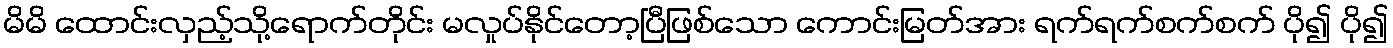
မိမိ ထောင်းလှည့်သို့ရောက်တိုင်း မလှုပ်နိုင်တော့ပြီဖြစ်သော ကောင်းမြတ်အား ရက်ရက်စက်စက် ပို၍ ပို၍